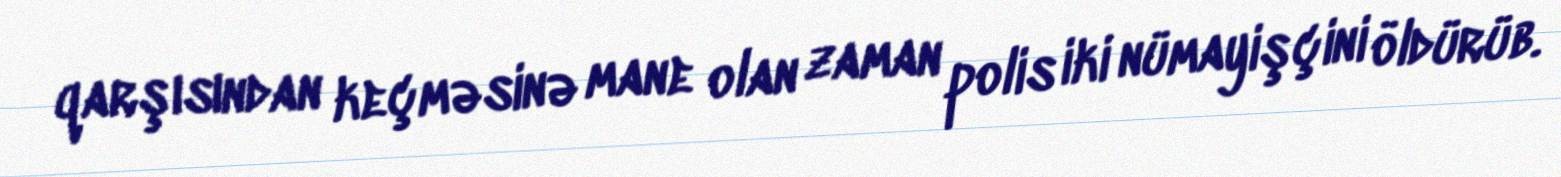
qarşısından keçməsinə mane olan zaman polis iki nümayişçini öldürüb.